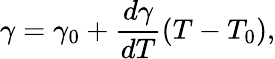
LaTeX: \gamma=\gamma_{0}+\frac{d\gamma}{dT}(T-T_{0}),